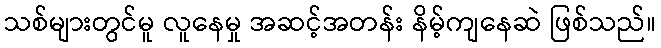
သစ်များတွင်မူ လူနေမှု အဆင့်အတန်း နိမ့်ကျနေဆဲ ဖြစ်သည်။